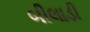
બીલાડી